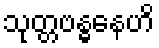
သုတ္တဗန္ဓနေဟိ